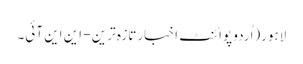
لاہور(اُردو پوائنٹ اخبارتازہ ترین - این این آئی۔